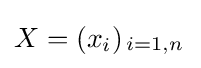
X=(x_{i})_{\begin{smallmatrix}i={1,n}\end{smallmatrix}}